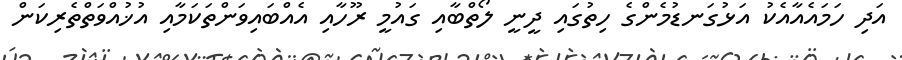
އަދި ހަމައެއާއެކު އަޅުގަނޑުމެންގެ ހިތުގައި ދީނީ ލޯތްބާއި ގައުމީ ރޫހާއި އެއްބައިވަންތަކަމާއި އުޚުއްވަތްތެރިކަން